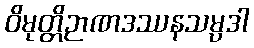
ဝိမုတ္တိဉာဏဒဿနသမ္ပဒါ